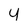
Character: Y